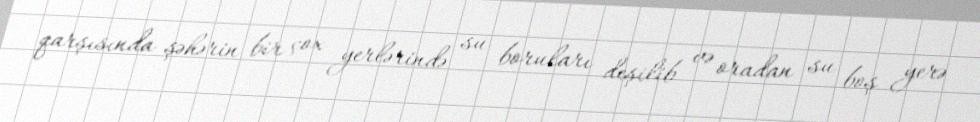
qarşısında şəhərin bir çox yerlərində su boruları deşilib və oradan su boş yerə